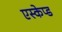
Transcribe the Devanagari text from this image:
एस्केप्ड